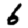
Digit: 6